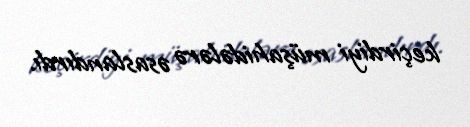
keçirdiyi müşahidələrə əsaslandırdı.